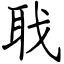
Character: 聀